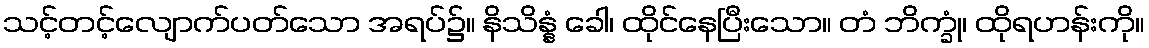
သင့်တင့်လျောက်ပတ်သော အရပ်၌။ နိသိန္နံ ခေါ၊ ထိုင်နေပြီးသော။ တံ ဘိက္ခုံ၊ ထိုရဟန်းကို။